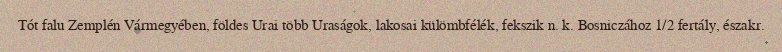
Tót falu Zemplén Vármegyében, földes Urai több Uraságok, lakosai külömbfélék, fekszik n. k. Bosniczához 1/2 fertály, északr.